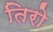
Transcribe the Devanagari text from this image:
तिरो